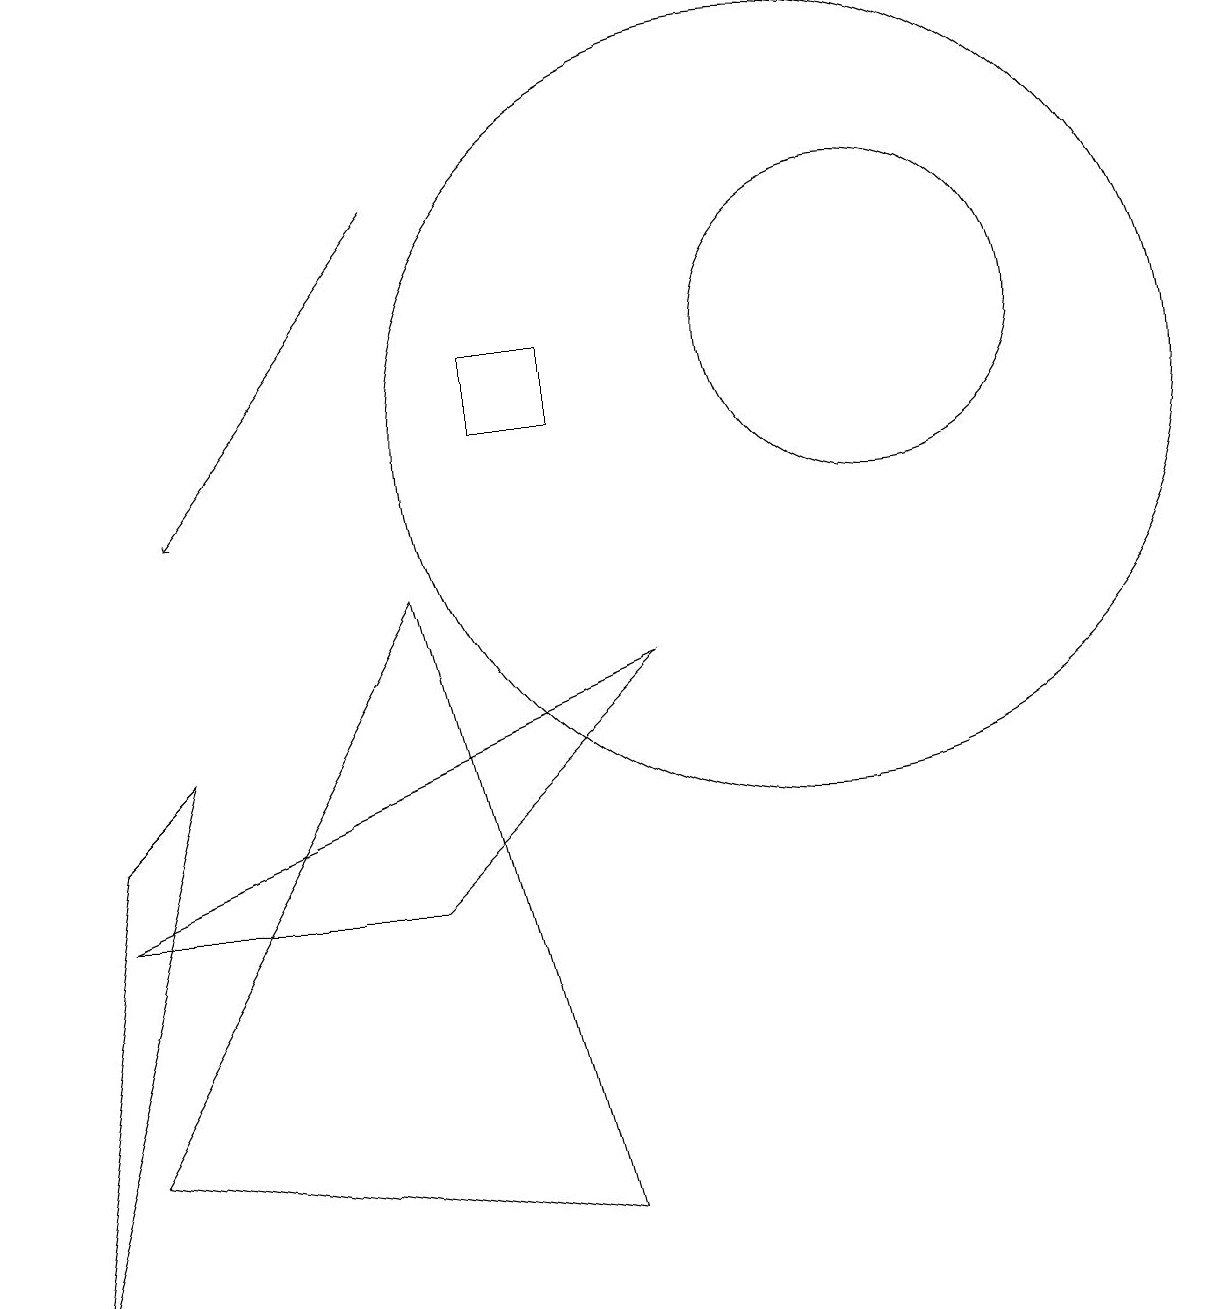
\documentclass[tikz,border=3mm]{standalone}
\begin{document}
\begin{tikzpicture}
\draw (2,7) -- (1,6) -- (0,0) -- cycle;
\draw (11,12) circle (2);
\draw (7,12) rectangle (6,11);
\draw (10,11) circle (5);
\draw (5,5) -- (8,8) -- (1,5) -- cycle;
\draw[->] (5,14) -- (2,10);
\draw (7,1) -- (5,9) -- (1,2) -- cycle;
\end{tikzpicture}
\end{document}